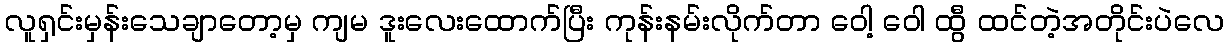
လူရှင်းမှန်းသေချာတော့မှ ကျမ ဒူးလေးထောက်ပြီး ကုန်းနမ်းလိုက်တာ ဝေါ့ ဝေါ ထွီ ထင်တဲ့အတိုင်းပဲလေ